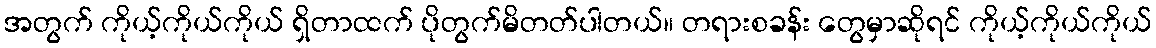
အတွက် ကိုယ့်ကိုယ်ကိုယ် ရှိတာထက် ပိုတွက်မိတတ်ပါတယ်။ တရားစခန်း တွေမှာဆိုရင် ကိုယ့်ကိုယ်ကိုယ်